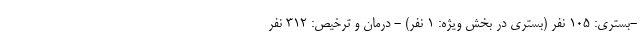
-بستری: ۱۰۵ نفر (بستری در بخش ویژه: ۱ نفر) - درمان و ترخیص: ۳۱۲ نفر